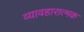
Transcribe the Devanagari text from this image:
व्यावहारात्मक